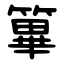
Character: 篳